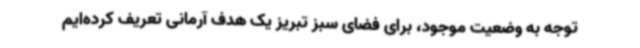
توجه به وضعیت موجود، برای فضای سبز تبریز یک هدف آرمانی تعریف کرده‌ایم